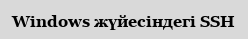
Windows жүйесіндегі SSH